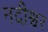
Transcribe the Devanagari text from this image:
नदीश्वर